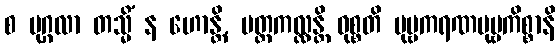
စ ပုဂ္ဂလာ တသ္မိံ န ဟောန္တိ, ပတ္တကလ္လန္တိ ဝုစ္စတိ ပုဗ္ဗကရဏပုဗ္ဗကိစ္စာနိ